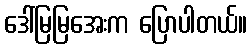
ဒေါ်မြမြအေးက ပြောပါတယ်။